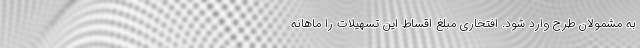
به مشمولان طرح وارد شود. افتخاری مبلغ اقساط این تسهیلات را ماهانه